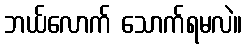
ဘယ်လောက် သောက်ရမလဲ။